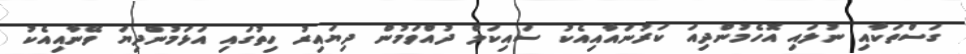
ގަސްތަކާއި ނުލައި އޮހެމުންދިއަ ކަރުނައާއިއެކު ސައިކަލް ދުއްވަމުން ދިޔައިރު ހިތުގައި އަޅަމުންދިޔަ ވޭނާއިއެކު